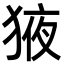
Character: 𭸕